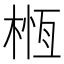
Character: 㮓